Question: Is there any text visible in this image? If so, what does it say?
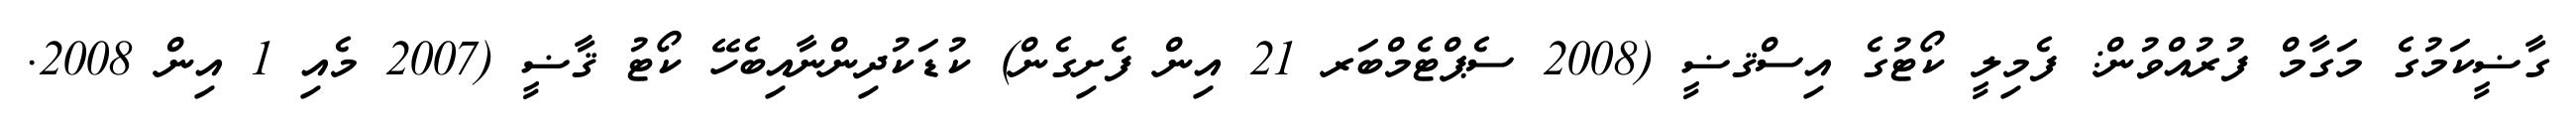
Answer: ގާޟީކަމުގެ މަގާމް ފުރުއްވުން: ފެމިލީ ކޯޓުގެ އިސްޤޟީ (2008 ސެޕްޓެމްބަރ 21 އިން ފެށިގެން) ކުޑަކުދިންނާއިބެހޭ ކޯޓު ޤާޟީ (2007 މެއި 1 އިން 2008.